Annual administration report of the Civil Veterinary Department of India - 1892-1893
Year: 1892
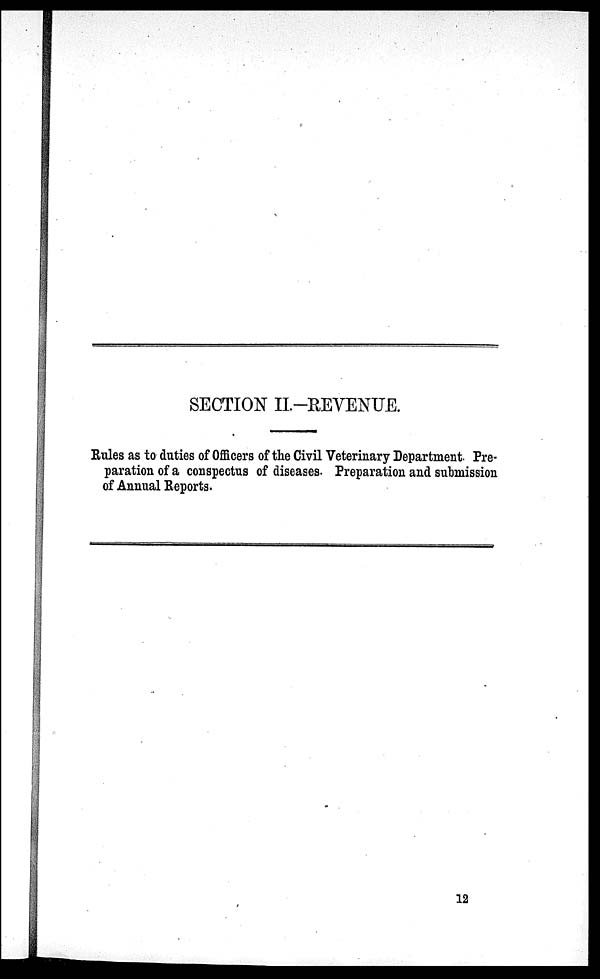
SECTION II.—REVENUE.
Rules as to duties of Officers of the Civil Veterinary Department. Pre-
paration of a conspectus of diseases. Preparation and submission
of Annual Reports.
12